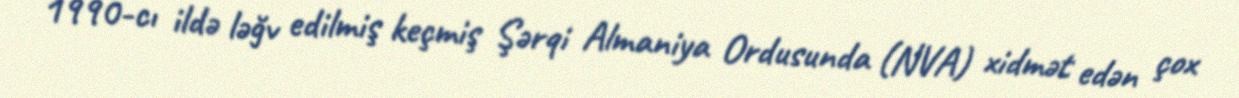
1990-cı ildə ləğv edilmiş keçmiş Şərqi Almaniya Ordusunda (NVA) xidmət edən çox